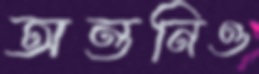
অন্তনিও